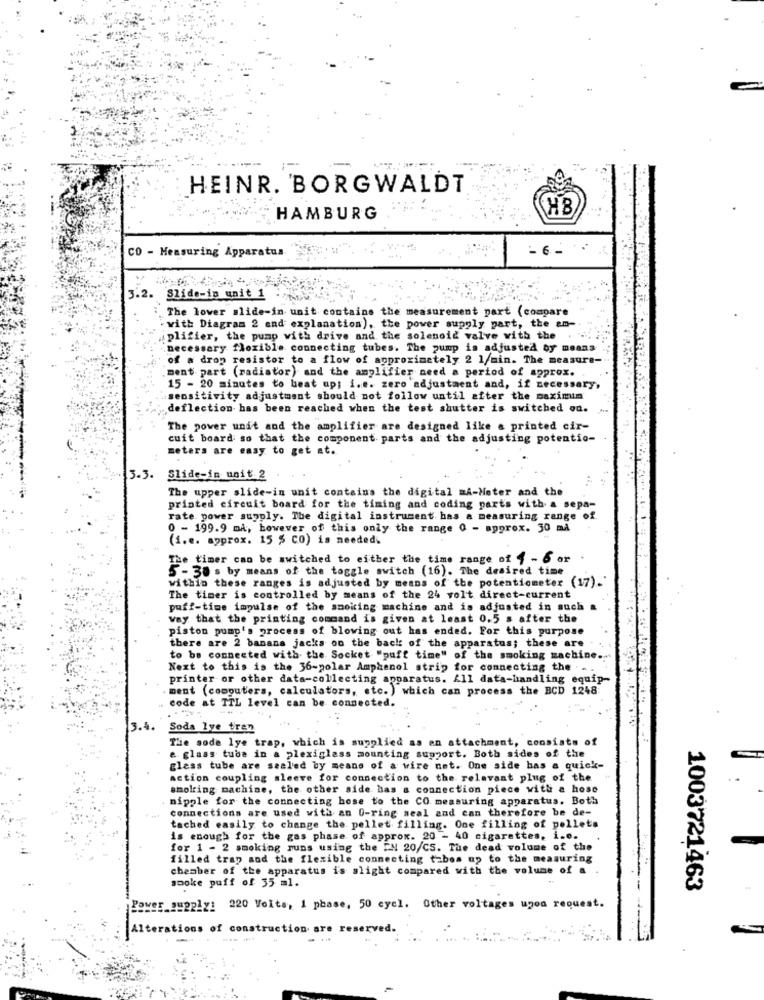
HEINR. 'BORGWALDT
HAMBURG
CO - Measuring Apparatus
- 6.
3.2. Slide-in unit 1
The lower slide-in unit contains the measurement part (compare
with Diagram 2 end explanation), the power supply part, the am-
plifier, the pump with drive and the solenoid valve with the
necessary flexible connecting tubes. The pump is adjusted by means
of a drop resistor to a flow of approximately 2 1/min. The measure-
ment part (radiator) and the amplifier need a period of approx.
15 - 20 minutes to beat up; i.e. zero adjustment and, if necessary,
sensitivity adjustment should not follow until after the maximin
deflection has been reached when the test shutter is switched on.
The power unit and the amplifier are designed like a printed cir-
cuit board so that the component parts and the adjusting potentio-
meters are easy to get at.
3.3.
Slide-in unit.2
The upper slide-in unit contains the digital mA-Meter and the
printed circuit board for the timing and coding parts with a sepa-
rate power supply. The digital instrument has a measuring range of.
0 - 199.9 mA, however of this only the range 0 - approx. 30 må
(i.e. approx. 15 $ CO) is needed.
The timer can be switched to either the time range of 4 - 6 or
5- 30 s by means of the toggle switch (16). The desired time
within these ranges is adjusted by means of the potentiometer (17)."
The timer is controlled by means of the 24 volt direct-current
puff-time impulse of the smoking machine and is adjusted in such a
way that the printing command is given at least 0.5 s after the
piston pump's process of blowing out has ended. For this purpose
there are 2 banana jacks on the back of the apparatus; these are
to be connected with the Socket "puff time" of the smoking machine.
Next to this is the 36-polar Amphenol strip for connecting the . . .
printer or other data-collecting apparatus. All data-handling equip-
ment (computers, calculators, etc.) which can process the BCD 1248
code at TIL level can be connected.
Soda lye tren
tachment, consists of
The sode lye trap, which is supplied as en at
e. glass tube in a plexiglass mounting support. Both sides of the
glass tube are sealed by means of a wire net. One side has a quick-
action coupling sleeve for connection to the relevant plug of the
smoking machine, the other side has a connection piece with a hose
nipple for the connecting hose to the CO measuring apparatus. Both
connections are used with an O-ring seal and can therefore be de-
tached easily to change the pellet filling. One filling of pellets
is enough for the gas phase of approx. 20 - 40 cigarettes, i.e.
for 1 - 2 smoking runs using the EN 20/CS. The dead volume of the
filled trap and the flexible connecting tibos up to the measuring
chamber of the apparatus i's slight compared with the volume of a
smoke puff of 35 ml.
1003721463
E_supply: 220 Volts, 1 phase, 50 cycl. Other voltages upon request.
ions of construction are reserved.